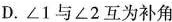
D.∠1与∠2互为补角